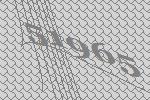
51965